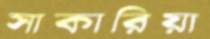
সাকারিয়া